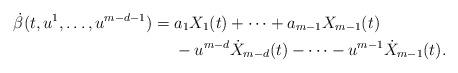
LaTeX: \begin{align*}\dot{\beta}(t, u^{1}, \dotsc, u^{m-d-1}) = {} & a_{1} X_{1}(t) + \dotsb + a_{m-1} X_{m-1}(t)\\&- u^{m-d} \dot{X}_{m-d}(t) - \dotsb - u^{m-1} \dot{X}_{m-1}(t).\end{align*}